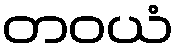
တဝယံ